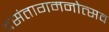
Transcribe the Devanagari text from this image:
वसंतागमनोत्सव